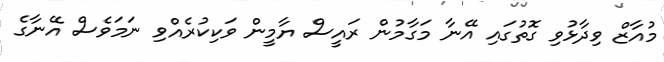
މުއާޒް ވިދާޅުވި ގޮތުގައި އޭނާ މަގާމުން ރައީސް ޔާމީން ވަކިކުރެއްވި ނަމަވެސް އޭނާގެ